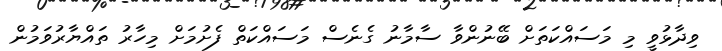
ވިދާޅުވީ މި މަސައްކަތަށް ބޭނުންވާ ސާމާނު ގެނެސް މަސައްކަތް ފެށުމަށް މިހާރު ތައްޔާރުވަމުން